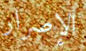
الإصرار